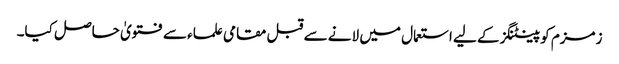
زمزم کو پینٹنگز کے لیے استعمال میں لانے سے قبل مقامی علماء سے فتویٰ حاصل کیا۔